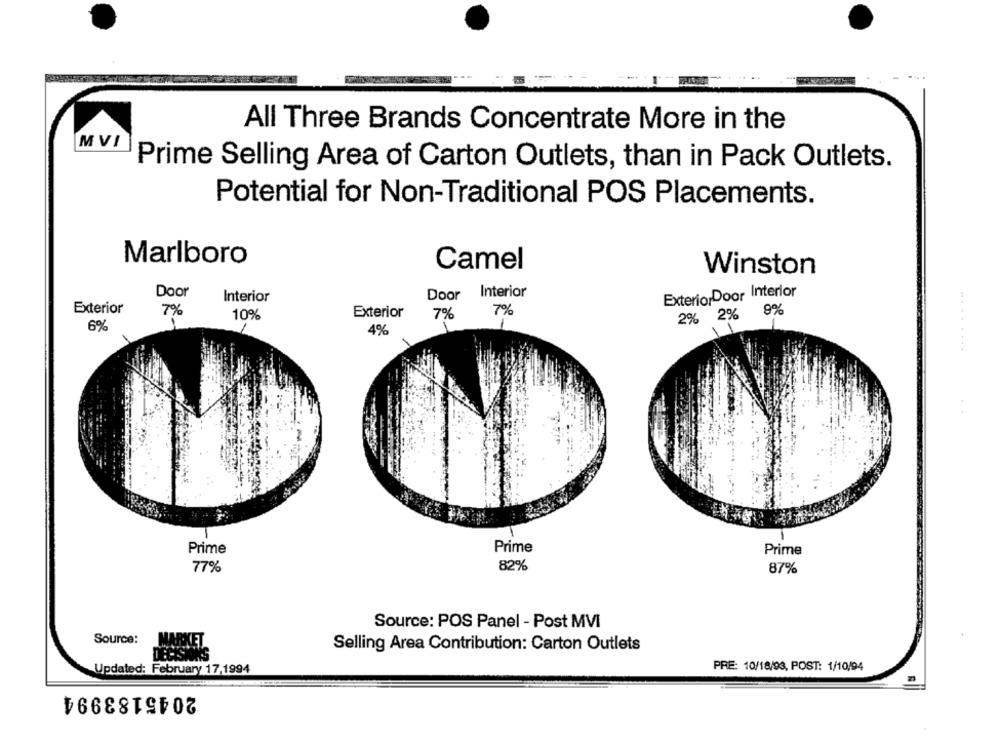
All Three Brands Concentrate More in the
MVI
Prime Selling Area of Carton Outlets, than in Pack Outlets.
Potential for Non-Traditional POS Placements.
Marlboro
Camel
Winston
Door
Door Interior
ExteriorDoor Interior
Interior
Exterior
7%
7%
9%
10%
Exterior
7%
2% 2%
6%
4%
... .. ....
Prime
Prime
Prime
77%
82%
87%
Source: POS Panel - Post MVI
Source:
Selling Area Contribution: Carton Outlets
PRE: 10/18/93, POST: 1/10/94
Updated: February 17,1994
2045183994